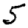
Digit: 5